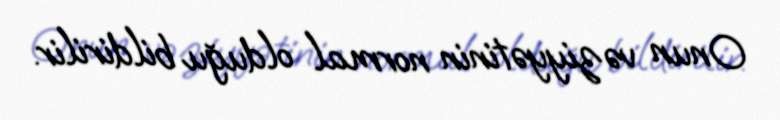
Onun vəziyyətinin normal olduğu bildirilir.